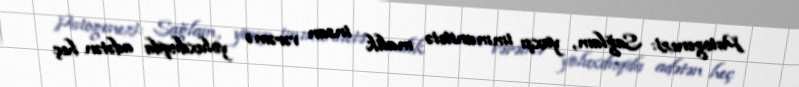
Patogenezi: Sağlam, yaxşı immunitetə malik insan vərəmə yoluxduqda adətən heç